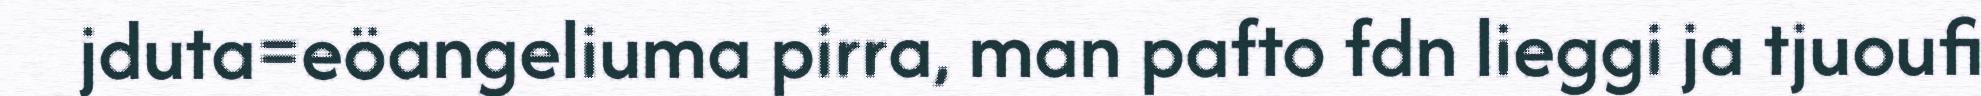
jduta=eöangeliuma pirra, man pafto fdn lieggi ja tjuoufi